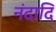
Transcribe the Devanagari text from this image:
नंदादि